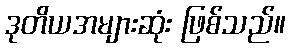
ဒုတိယအများဆုံး ဖြစ်သည်။